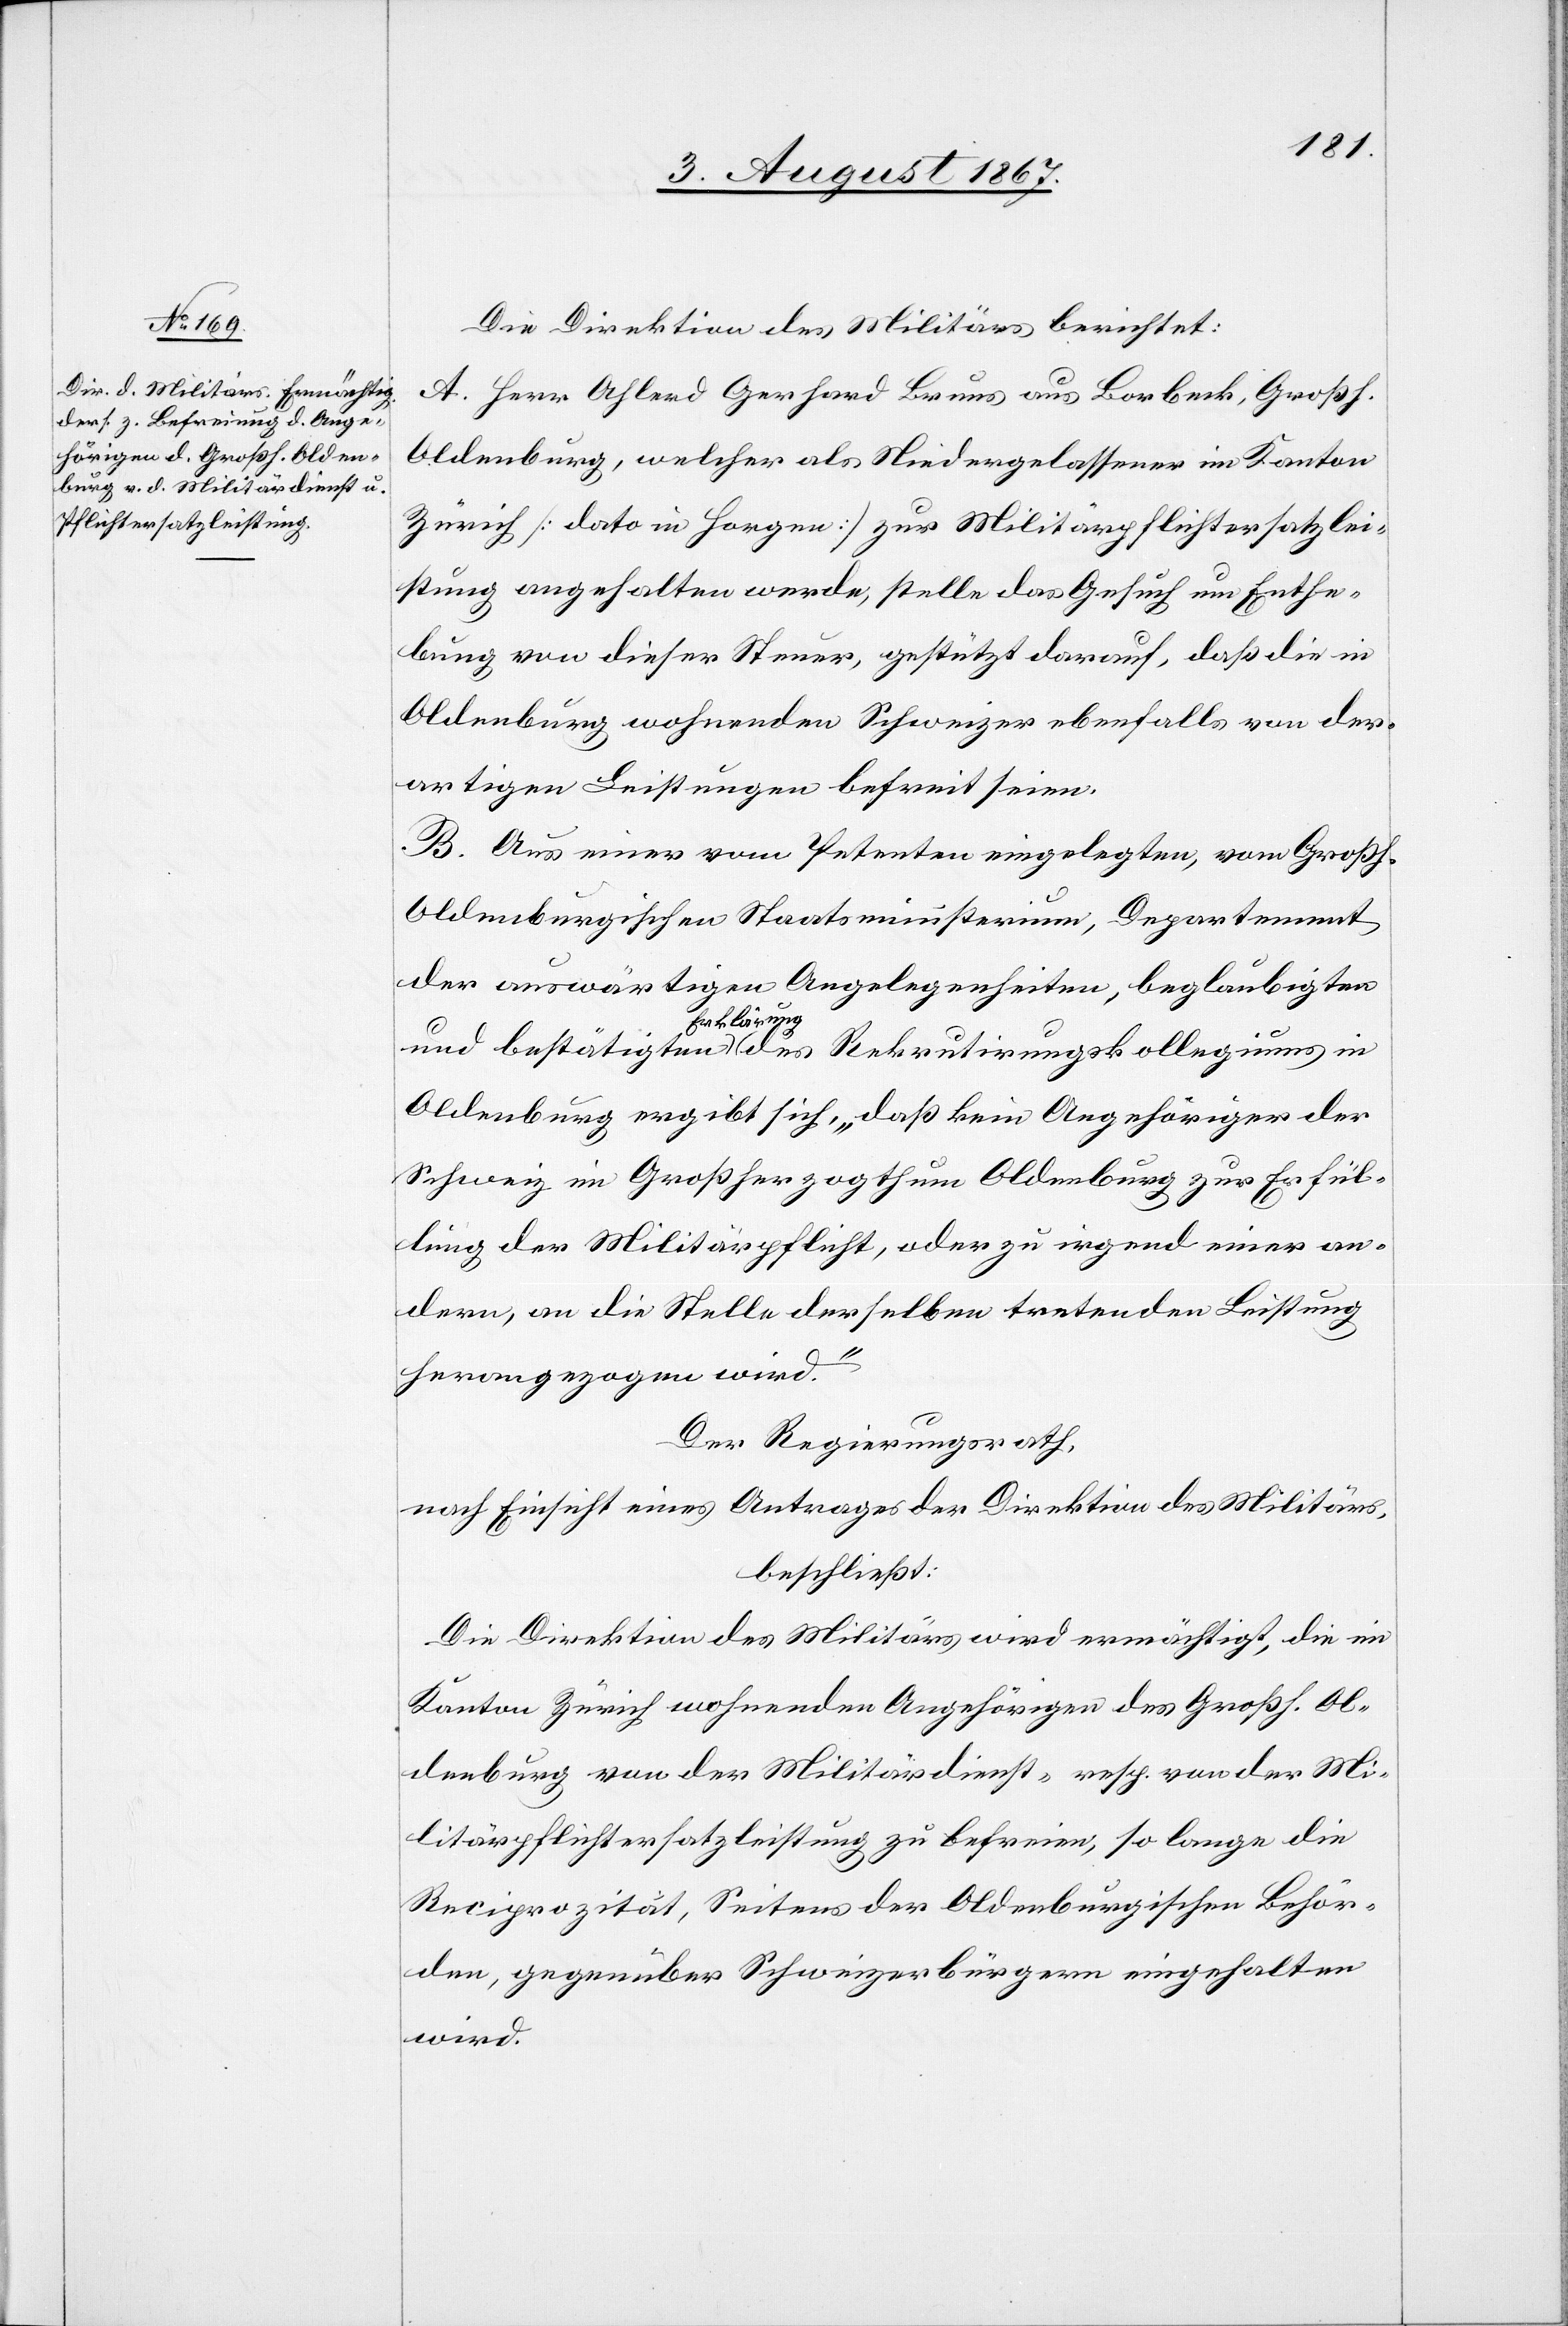
Die Direktion des Militärs berichtet:
A. Herr Ahlerd Gerhard Bruns aus Borbeck, Großh.
Oldenburg, welcher als Niedergelassener im Kanton
Zürich [dato in Horgen] zur Militärpflichtersatzlei¬
stung angehalten werde, stellt das Gesuch um Enthe¬
bung von dieser Steuer, gestützt darauf, daß die in
Oldenburg wohnenden Schweizer ebenfalls von der¬
artigen Leistungen befreit seien.
B. Aus einer vom Petenten eingelegten, vom Großh.
Oldenburgischen Staatsministerium, Departement
der auswärtigen Angelegenheiten, beglaubigten
und bestätigten Erklärung des Rekrutirunskollegiums in
Oldenburg ergibt sich, „daß kein Angehöriger der
Schweiz im Großherzogthum Oldenburg zur Erfül¬
lung der Militärpflicht, oder zu irgend einer an¬
dern, an die Stelle derselben tretenden Leistung
herangezogen wird.“
Der Regierungsrath,
nach Einsicht eines Antrages der Direktion des Militärs,
beschließt:
Die Direktion des Militärs wird ermächtigt, die im
Kanton Zürich wohnenden Angehörigen des Großh. Ol¬
denburg von der Militärdienst- resp. von der Mi¬
litärpflichtersatzleistung zu befreien, so lange die
Reciprozität, Seitens der Oldenburgischen Behör¬
den, gegenüber Schweizerbürgern eingehalten
wird.